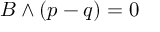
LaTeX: B \wedge ( p - q ) = 0